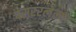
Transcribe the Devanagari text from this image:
पसररलेल्या